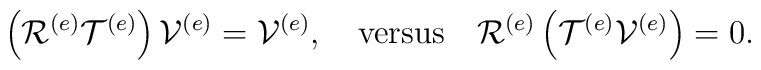
\left(  \mathcal{R}^{\left(  e\right)  }\mathcal{T}^{\left(  e\right)}\right)  \mathcal{V}^{\left(  e\right)  }=\mathcal{V}^{\left(  e\right)},\quad\mbox{versus}\quad\mathcal{R}^{\left(  e\right)  }\left(\mathcal{T}^{\left(  e\right)  }\mathcal{V}^{\left(  e\right)  }\right)  =0.